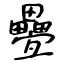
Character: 疉